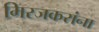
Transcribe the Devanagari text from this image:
मिरजकरांना